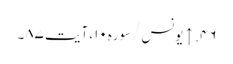
۴۶. ↑ یونس/سوره۱۰، آیت ۸۷۔